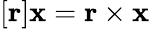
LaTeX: [\mathbf{r}]\mathbf{x}=\mathbf{r}\times\mathbf{x}